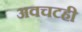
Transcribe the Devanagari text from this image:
अवचटही